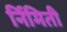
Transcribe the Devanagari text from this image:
र्निमिती